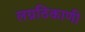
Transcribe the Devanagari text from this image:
लग्नठिकाणी